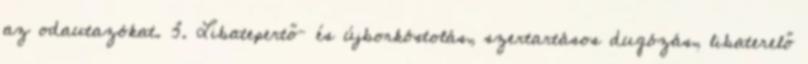
az odautazókat. 3. Libatepertő– és újborkóstolás, szertartásos dugózás, libaterelő